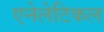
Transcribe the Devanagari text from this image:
एनेलेटिकल